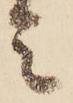
ミ